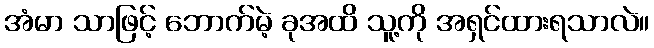
အံမာ သာဖြင့် ဘောက်မဲ့ ခုအထိ သူ့ကို အရှင်ထားရသာလဲ။